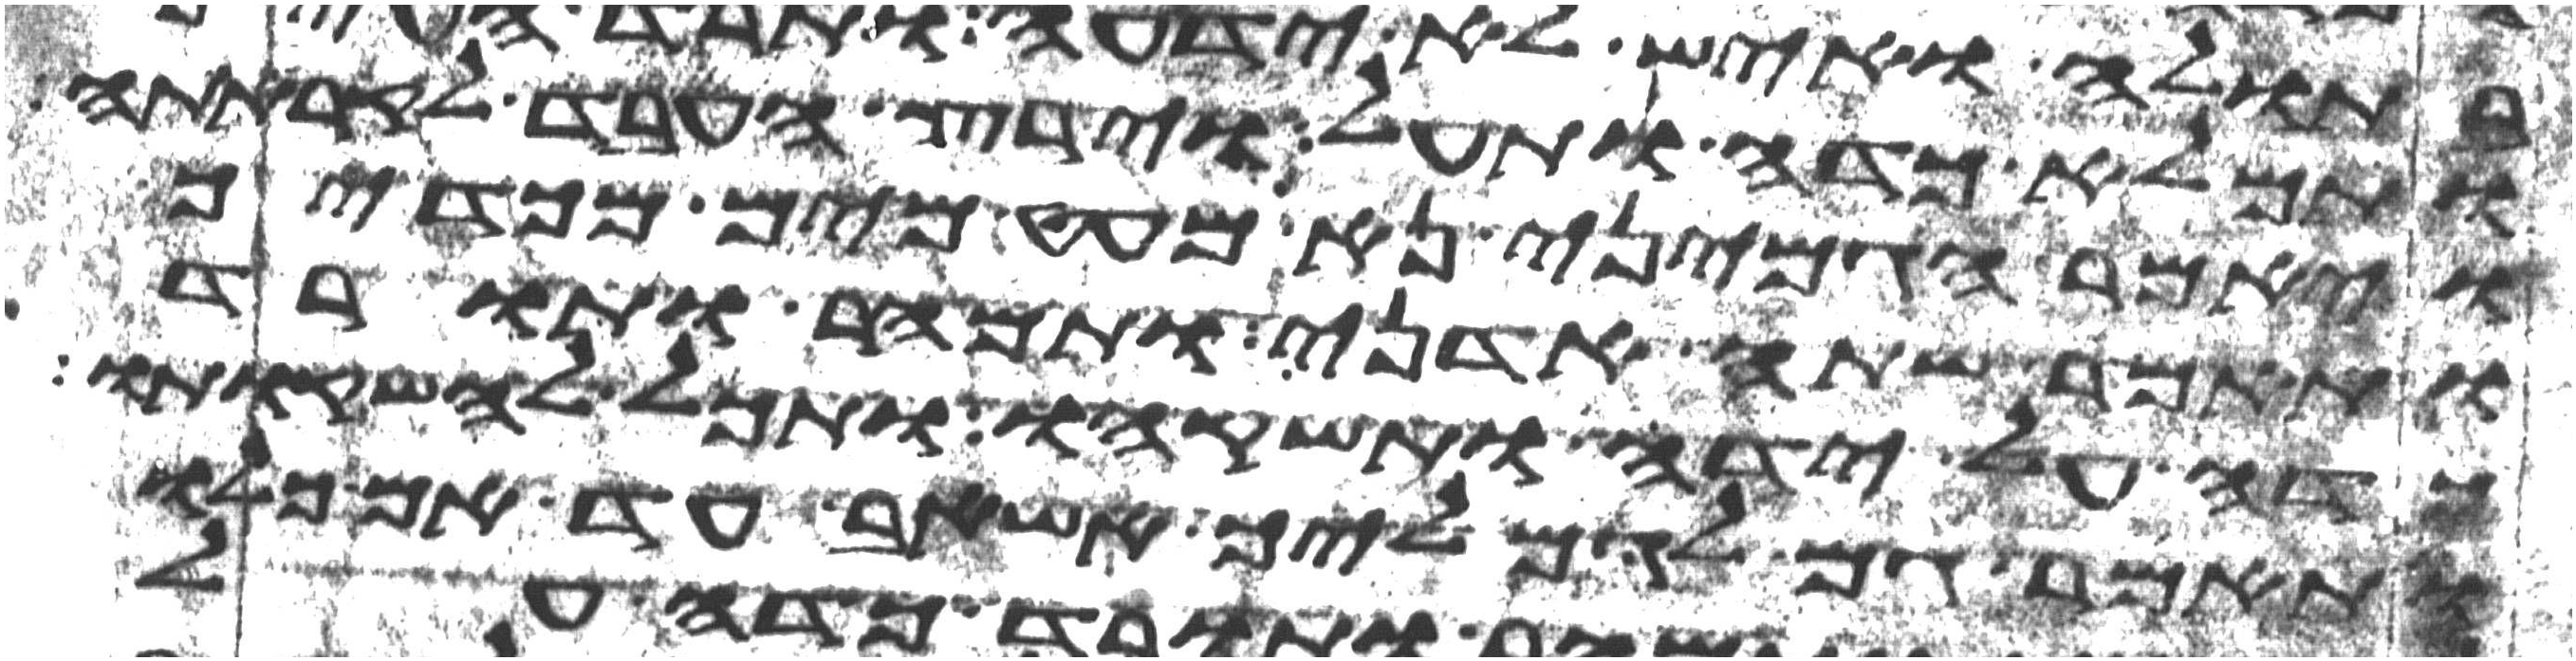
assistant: ותמלא כדה ותעל וירץ העבד לקראתה
ויאמר הגמיני נא מעט מים מכדך
ותאמר שתה אדני ותמהר ותורד
כדה על ידה ותשקהו ותכל להשקותו
ותאמר גם לגמליך אשאב עד אם כלו